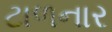
ટાળનાર